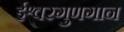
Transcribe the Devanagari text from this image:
ईश्वरगुणगान